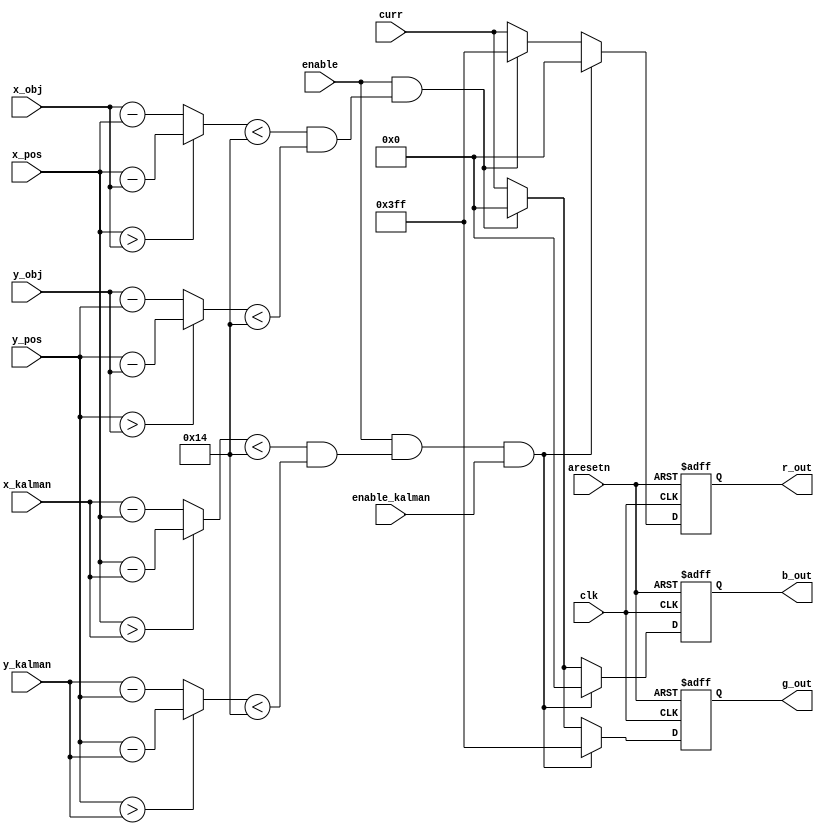
module color_position # (
	parameter THRESHOLD   = 20,
	parameter COLOR_WIDTH = 10,
	parameter DISP_WIDTH  = 11
)(
	// Control
	input wire clk, 
	input wire aresetn,
	input wire enable,
	input wire enable_kalman,

	// Regular Video Data
	input wire [(COLOR_WIDTH-1):0] curr,

	// VGA Position
	input wire [(DISP_WIDTH-1):0] x_pos,
	input wire [(DISP_WIDTH-1):0] y_pos,

	// Center of Object
	input wire [(DISP_WIDTH-1):0] x_obj,
	input wire [(DISP_WIDTH-1):0] y_obj,
	input wire [(DISP_WIDTH-1):0] x_kalman,
	input wire [(DISP_WIDTH-1):0] y_kalman,

	// Output Data
	output wire [(COLOR_WIDTH-1):0] r_out,
	output wire [(COLOR_WIDTH-1):0] g_out,
	output wire [(COLOR_WIDTH-1):0] b_out
);

// Internal Signals
wire 					vga_is_object;
wire [(DISP_WIDTH-1):0] x_diff;
wire [(DISP_WIDTH-1):0] y_diff;

wire 					vga_is_kalman;
wire [(DISP_WIDTH-1):0] x_diff2;
wire [(DISP_WIDTH-1):0] y_diff2;

reg [(COLOR_WIDTH-1):0] int_r_out;
reg [(COLOR_WIDTH-1):0] int_g_out;
reg [(COLOR_WIDTH-1):0] int_b_out;

assign r_out = int_r_out;
assign g_out = int_g_out;
assign b_out = int_b_out;

// Logic
assign x_diff		 = (x_pos > x_obj) ? x_pos - x_obj : x_obj - x_pos;
assign y_diff		 = (y_pos > y_obj) ? y_pos - y_obj : y_obj - y_pos;
assign vga_is_object = (x_diff < THRESHOLD) & (y_diff < THRESHOLD);

assign x_diff2		 = (x_pos > x_kalman) ? x_pos - x_kalman : x_kalman - x_pos;
assign y_diff2		 = (y_pos > y_kalman) ? y_pos - y_kalman : y_kalman - y_pos;
assign vga_is_kalman = (x_diff2 < THRESHOLD) & (y_diff2 < THRESHOLD);

// Drive RGB to red if the above point is near the object
always @(posedge clk or negedge aresetn) begin
	if (~aresetn)
		begin
			int_r_out <= 'd0;
			int_g_out <= 'd0;
			int_b_out <= 'd0;			
		end
	else if (enable & vga_is_kalman & enable_kalman)
		begin
			int_r_out <= {COLOR_WIDTH {1'b0}};
			int_g_out <= {COLOR_WIDTH {1'b1}};
			int_b_out <= {COLOR_WIDTH {1'b0}};
		end
	else if (enable & vga_is_object)
		begin
			int_r_out <= {COLOR_WIDTH {1'b1}};
			int_g_out <= {COLOR_WIDTH {1'b0}};
			int_b_out <= {COLOR_WIDTH {1'b0}};
		end

	else
		begin
			int_r_out <= curr;
			int_g_out <= curr;
			int_b_out <= curr;
		end
end

endmodule